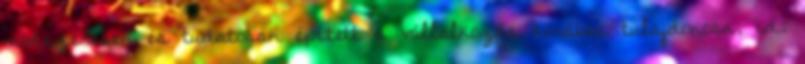
módszeresen és tudatosan épített a vállalkozás korábbi tulajdonosa, id.